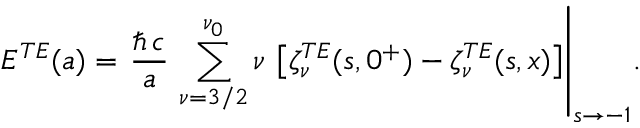
\displaystyle { E ^ { T E } ( a ) = \left. \frac { \hbar \, c } { a } \, \sum _ { \nu = 3 / 2 } ^ { \nu _ { 0 } } \nu \, \left[ \zeta _ { \nu } ^ { T E } ( s , 0 ^ { + } ) - \zeta _ { \nu } ^ { T E } ( s , x ) \right] \right| _ { s \rightarrow - 1 } } .